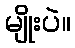
မျိုးပဲ။